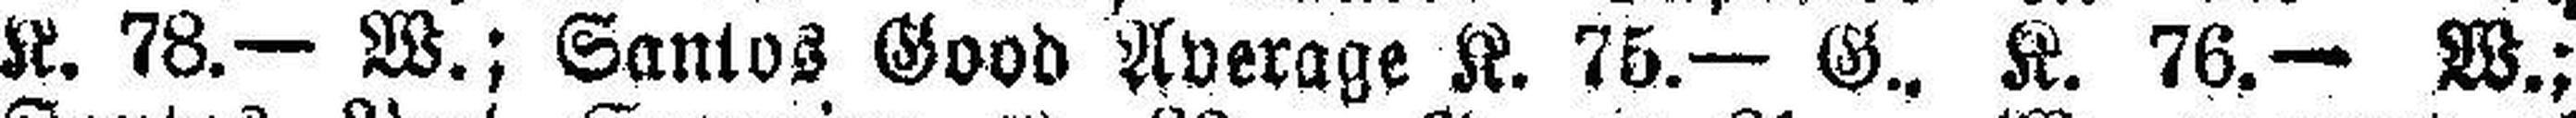
K. 78.— W.; Santos Good Average K. 75.— G., K. 76.— W.;